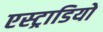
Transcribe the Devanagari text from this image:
एस्ट्राडियो